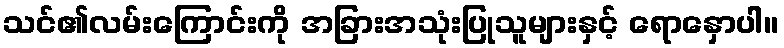
သင်၏လမ်းကြောင်းကို အခြားအသုံးပြုသူများနှင့် ရောနှောပါ။